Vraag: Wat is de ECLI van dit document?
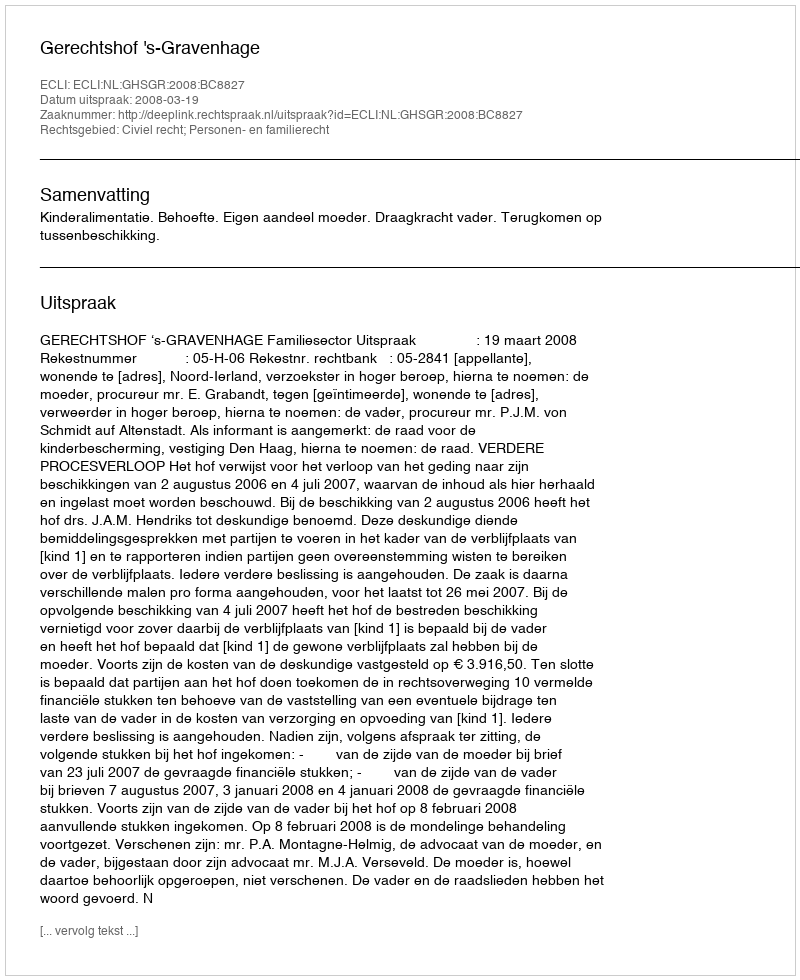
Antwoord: ECLI:NL:GHSGR:2008:BC8827